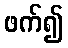
ဖက်၍